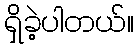
ရှိခဲ့ပါတယ်။